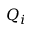
Q _ { i }